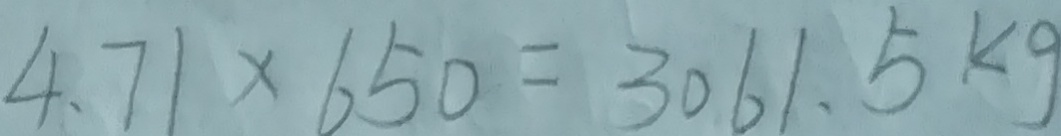
4 . 7 1 \times 6 5 0 = 3 0 6 1 . 5 k g